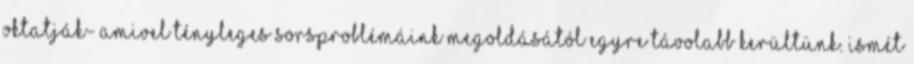
oktatják- amivel tényleges sorsproblémáink megoldásától egyre távolabb kerültünk. Ismét